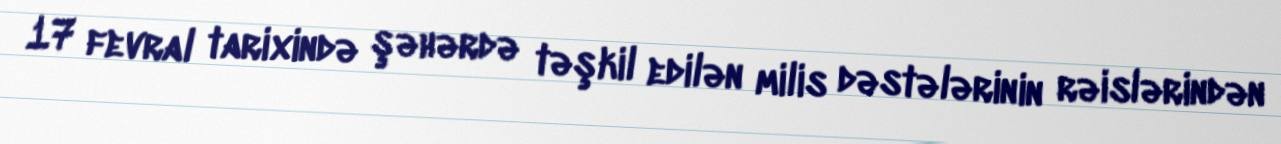
17 fevral tarixində şəhərdə təşkil edilən milis dəstələrinin rəislərindən